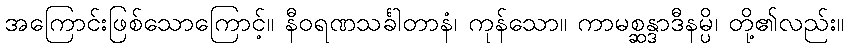
အကြောင်းဖြစ်သောကြောင့်။ နီဝရဏသင်္ခါတာနံ၊ ကုန်သော။ ကာမစ္ဆန္ဒာဒီနမ္ပိ၊ တို့၏လည်း။